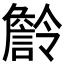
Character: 𧫹